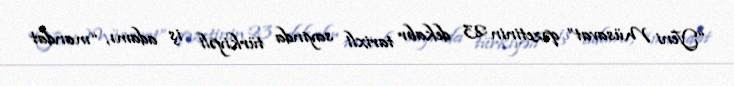
“Yeni Müsavat” qəzetinin 23 dekabr tarixli sayında türkiyəli iş adamı, “mandat